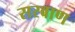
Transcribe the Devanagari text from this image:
सरवाण